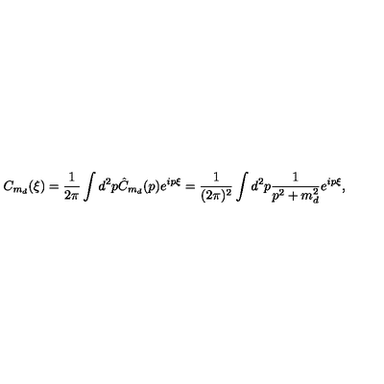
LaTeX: C _ { m _ { d } } ( \xi ) = \frac { 1 } { 2 \pi } \int d ^ { 2 } p \hat { C } _ { m _ { d } } ( p ) e ^ { i p \xi } = \frac { 1 } { ( 2 \pi ) ^ { 2 } } \int d ^ { 2 } p \frac { 1 } { p ^ { 2 } + m _ { d } ^ { 2 } } e ^ { i p \xi } ,